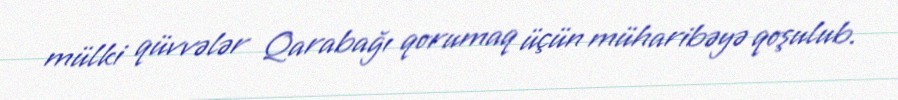
mülki qüvvələr Qarabağı qorumaq üçün müharibəyə qoşulub.